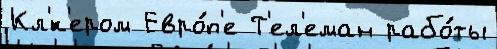
Кл'́к'ером Евро́п'е Т'ел'еман рабо́ты